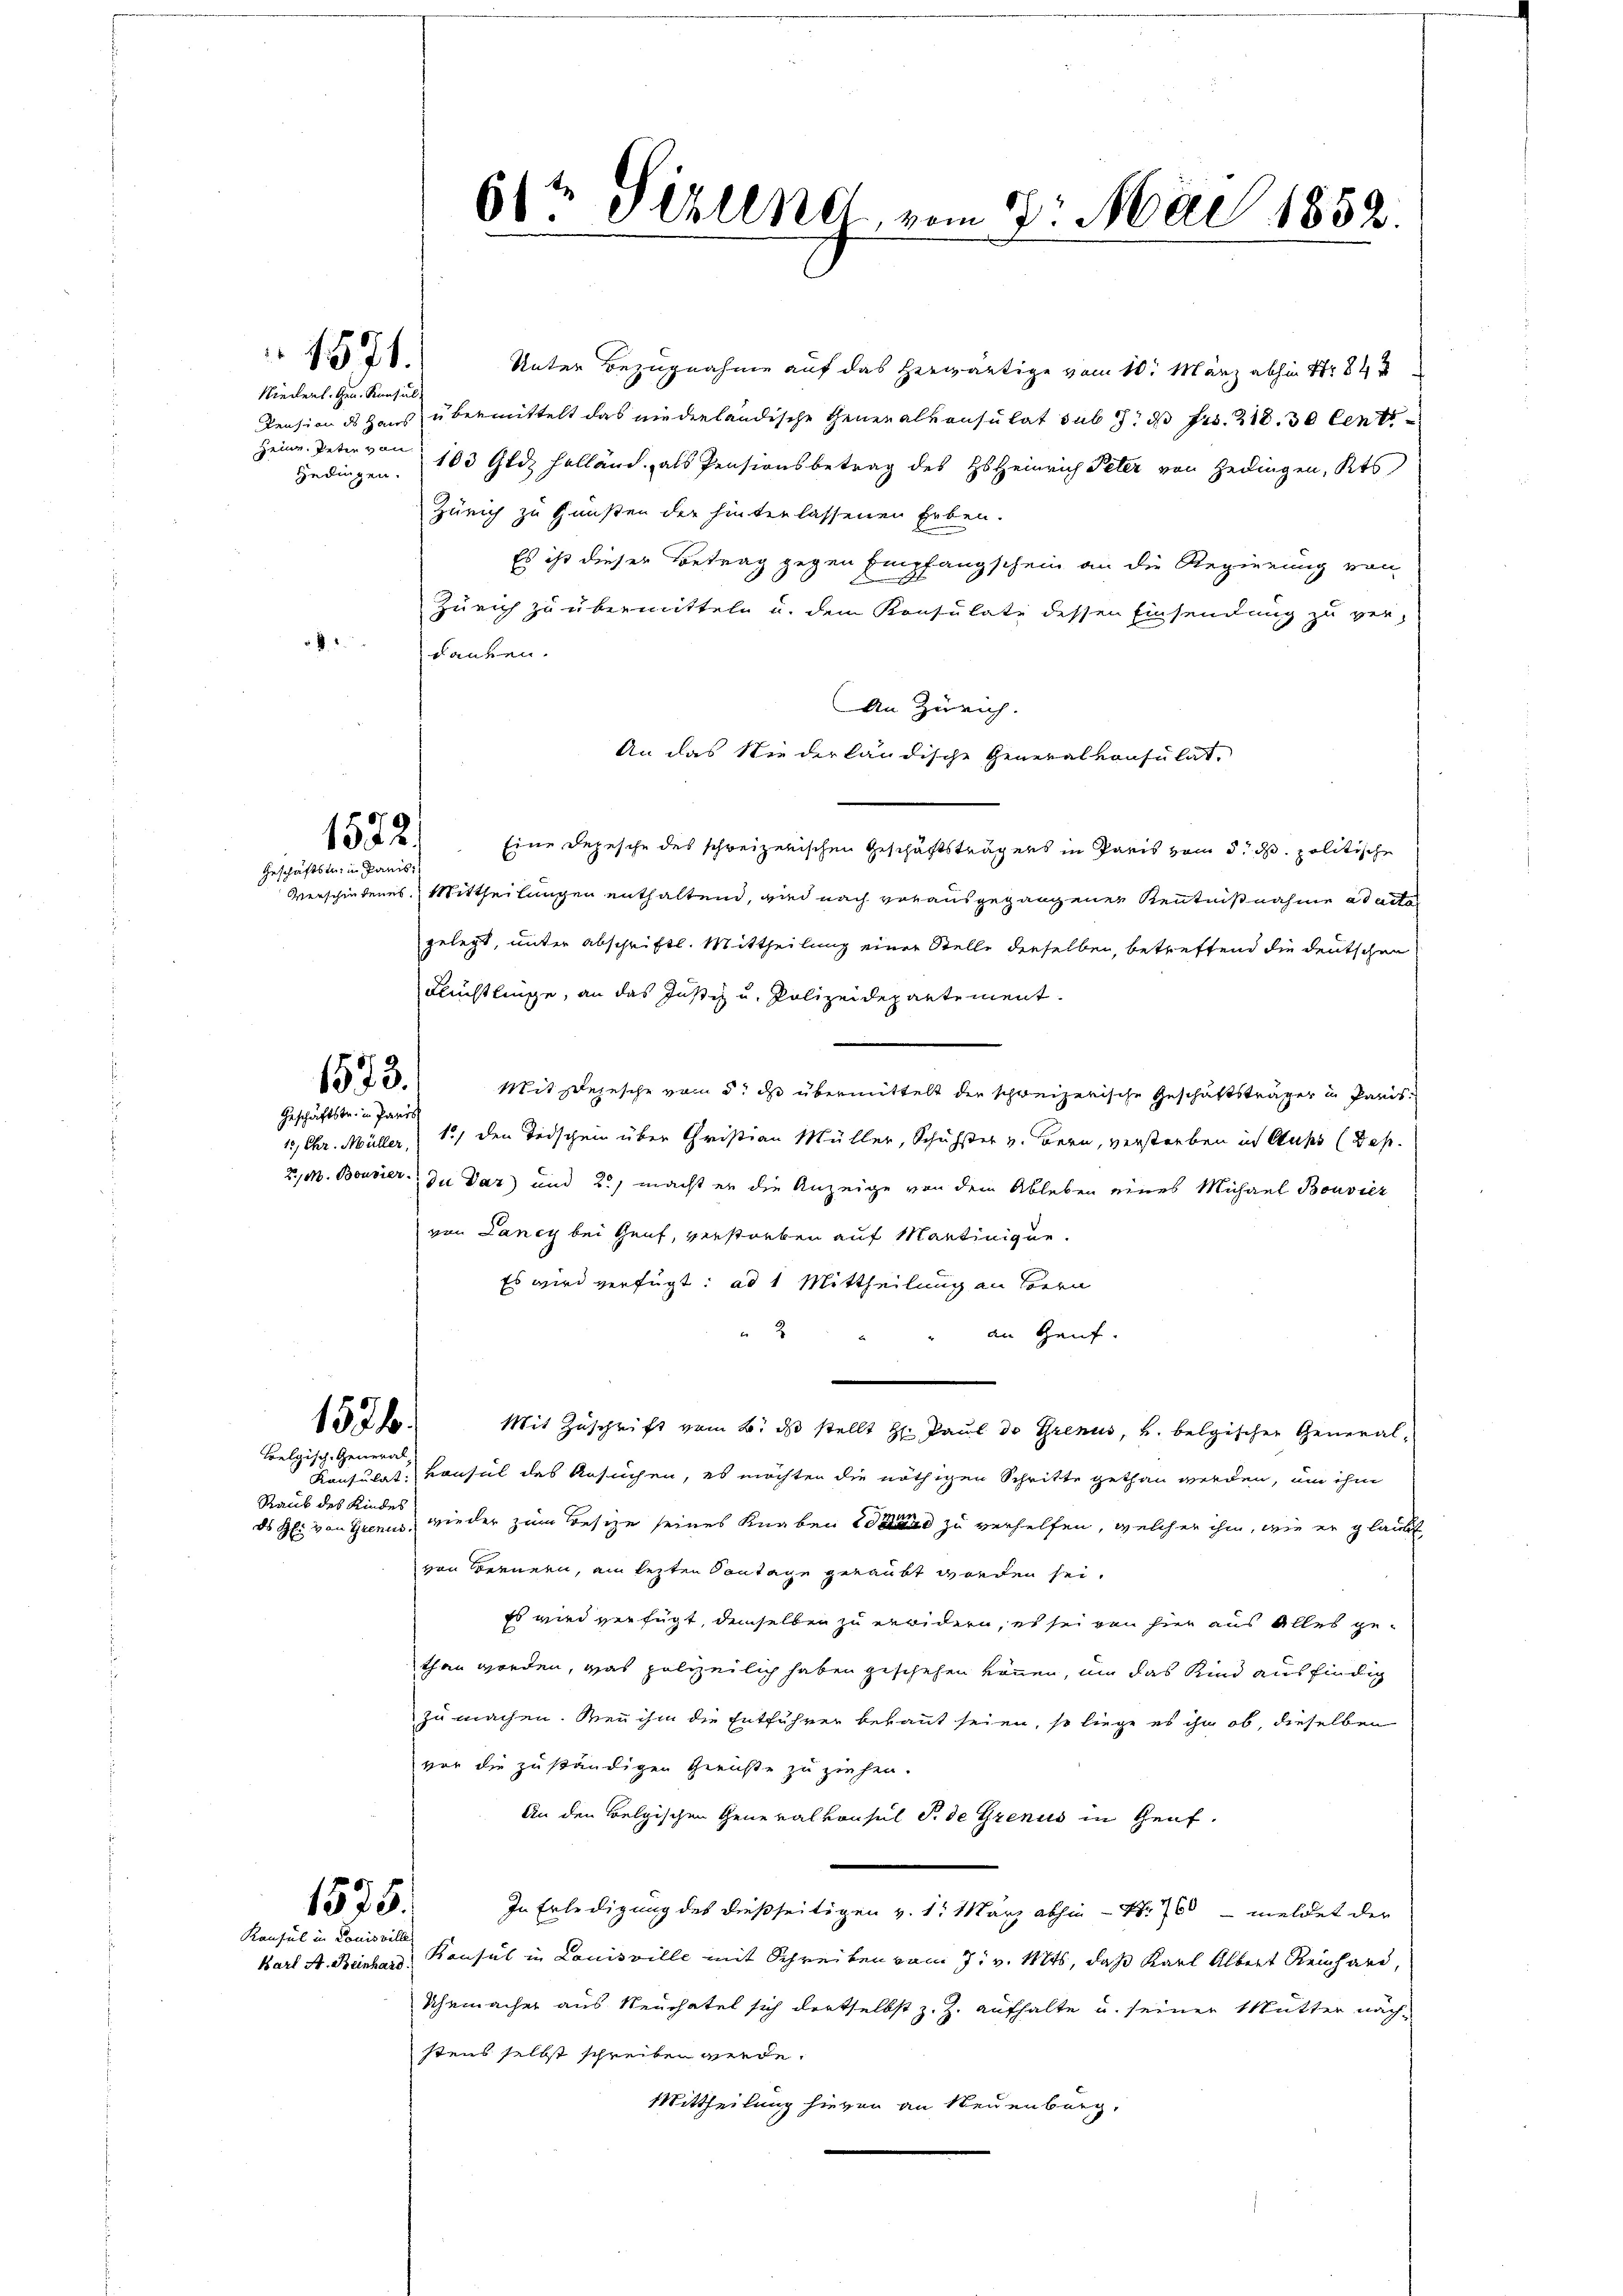
Niederl. Gen. Konsul
bedingen.

1571.

4

Geschäftstein Panis

1522)

1573.

Geschäftstr. in Paris

Unter Bezugnahme auf das herwärtige vom 10. März abhin Nr. 844
Pension ds Haus übermittelt das niederländische Generalkonsulat sub 7. d. Fr. 218. 30 Cent
Heinr. Peter von 103 Gldz Holländ. als Pensionsbetrag des Hs. Heinrich Peter von Hedingen, Kts
Zürich zu Gunsten der hinterlassenen Erben.
Es ist dieser Betrag gegen Empfangschein an die Regierung von
.
Zürich zu übermitteln u. dem Konsulate dessen Einsendung zu ver-
danken.
An Zürich.
An das Niederländische Generalkonsulat,
Eine Depesche des schweizerischen Geschäftsträgers in Paris vom 5. d. politische
Verschiedenes Mittheilungen enthaltend, wird nach vorausgegangener Kenntnißnahme ad acte
gelegt, unter abschriftl. Mittheilung einer Stelle derselben, betreffend die deutschen
Flüchtlinge, an das Justiz u. Polizeidepartement.
Mit Depesche vom 5t d übermittelt der schweizerische Geschäftsträger in Paris¬
15 Chr. Müller, 151 den Todschein über Christian Müller, Schuhster v. Bern, verstreben in Auss (Bes
2., N. Bouvier zu Dar) und 2., macht er die Anzeige von dem Ableben eines Michael Bouvier
von Lancy bei Genf, verstorben auf Martinique.
Es wird verfügt: ad 1 Mittheilung an Bern
2
an Genf.
1576.
Mit Zuschrift vom 6. ds stellt Hr. Paul de Grenus, u. belgischen General¬
Belgische General
Konsulat, vonsul des Ansuchen, es möchten die nöthigen Schritte gethan werden, um ihm
Raub des Kindes
wieder zum Besize seines Knaben und zu verhelfen, welcher ihm, wie er glaubt
ds R. von Grenis
von Bernern, am lezten Sontage geraubt worden sei.
Es wird verfügt, demselben zu erwidern, es sei von hier aus Alles gethan worden, was polizeilich haben geschehen können, um das Kind ausfindig
zu machen. Wenn ihm die Entführer bekannt seien, so liege es ihn ob, dieselben
vor die zuständigen Gerichte zu ziehen.
An den Belgischen Generalkonsul S. de Grenus in Genf.
1575.
In Erledigung des dießseitigen v. 1. März abhin – N. 760 - meldet der
Konsul in Louisville
Bart A. Beinhard Konsul in Louisville mit Schreiben vom 7. v. Mts, daß Karl Albert Reinhard,
Uhrmacher aus Neuchatel sich dortselbst z. Z. aufhalte u. seiner Mutter nächstens selbst schreiten werde.
Mittheilung hievon an Neuenburg,

6/4 Sihlend, vom 7. Mai 1852.